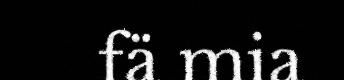
fä mia